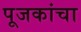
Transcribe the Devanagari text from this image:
पूजकांचा